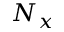
N _ { x }